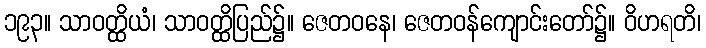
၁၉၃။ သာဝတ္ထိယံ၊ သာဝတ္ထိပြည်၌။ ဇေတဝနေ၊ ဇေတဝန်ကျောင်းတော်၌။ ဝိဟရတိ၊